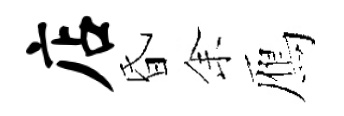
店昏𪜬鴈